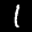
Label: 1